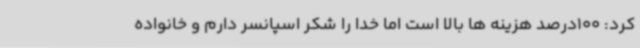
کرد: 100درصد هزینه ها بالا است اما خدا را شکر اسپانسر دارم و خانواده